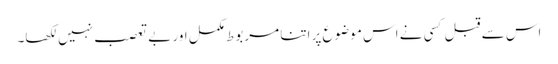
اس سے قبل کسی نے اس موضوع پر اتنا مربوط مکمل اور بے تعصب نہیں لکھا۔